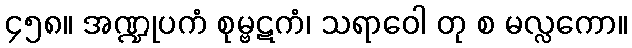
၄၅၈။ အဏ္ဍုပကံ စုမ္ဗဋကံ၊ သရာဝေါ တု စ မလ္လကော။